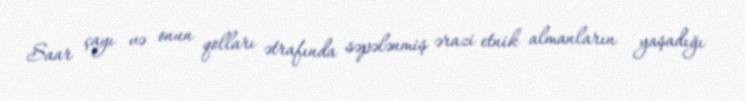
Saar çayı və onun qolları ətrafında səpələnmiş ərazi etnik almanların yaşadığı